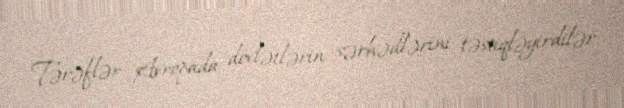
Tərəflər Avropada dövlətlərin sərhədlərini təstiqləyirdilər.